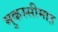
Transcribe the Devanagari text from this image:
मुकस्सीमाह